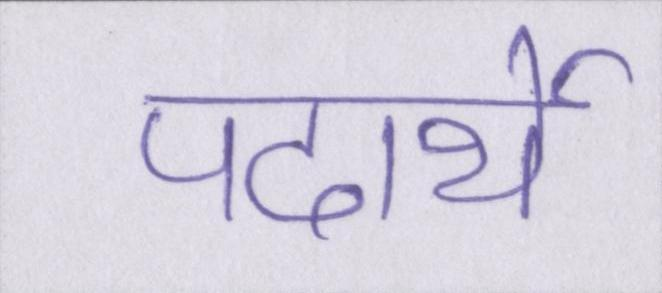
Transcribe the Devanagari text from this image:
पदार्थे